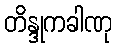
တိန္ဒုကခါဏု